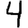
Digit: 4